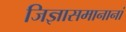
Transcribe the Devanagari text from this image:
जिज्ञासमानानां